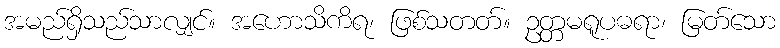
အမည်ရှိသည်သာလျှင်။ အဟောသိကိရ၊ ဖြစ်သတတ်။ ဥတ္တမရူပဓရာ၊ မြတ်သော